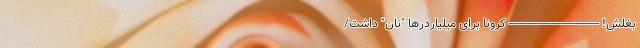
بغلش! ------------------------------ کرونا برای میلیاردرها "نان" داشت/